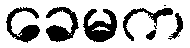
ခေမက